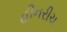
હીનરીચ